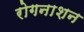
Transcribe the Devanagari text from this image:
रोगनाशन